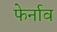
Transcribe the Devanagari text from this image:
फेर्नाव